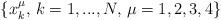
LaTeX: \begin{align*}\{x^\mu_k,\,k=1,...,N,\,\mu=1,2,3,4\} \end{align*}